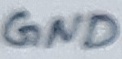
Text: GND